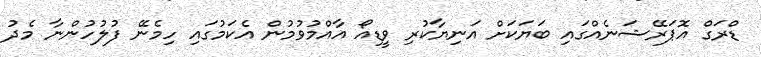
ޑްރަގް އޮޕަރޭޝަނެއްގައި ބަޔަކަށް އަނިޔާކުރި ވީޑިއޯ އާއްމުވުމުން އެކަމުގައި ހިމެނޭ ފުލުހުންނާ މެދު